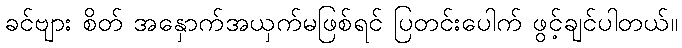
ခင်ဗျား စိတ် အနှောက်အယှက်မဖြစ်ရင် ပြတင်းပေါက် ဖွင့်ချင်ပါတယ်။